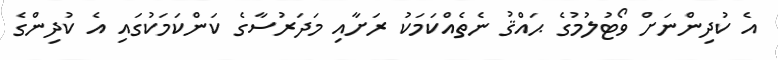
އެ ކުދިންނަށް ވޯޓުލުމުގެ ޙައްޤު ނެތެއްކަމަކު ރަށާއި މަދަރުސާގެ ކަންކަމަކުގައި އެ ކުދިންގެ